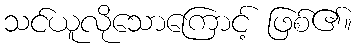
သင်ယူလိုသောကြောင့် ဖြစ်၏။